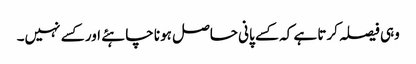
وہی فیصلہ کرتا ہے کہ کسے پانی حاصل ہونا چاہئے اور کسے نہیں۔